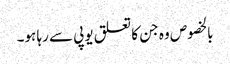
بالخصوص وہ جن کا تعلق یوپی سے رہا ہو۔